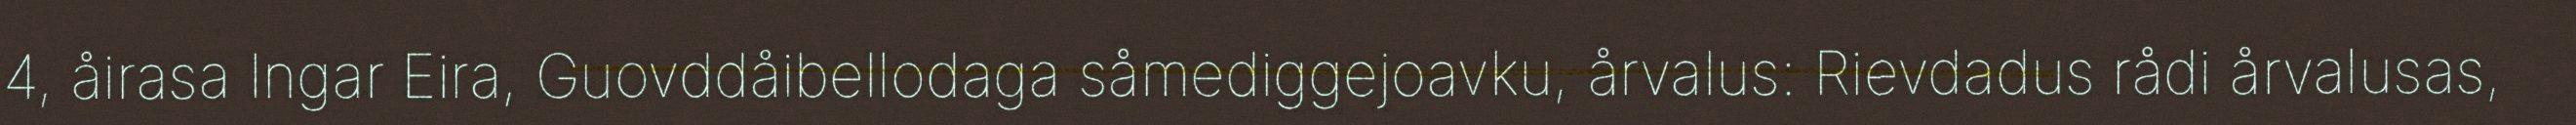
4, åirasa Ingar Eira, Guovddåibellodaga såmediggejoavku, årvalus: Rievdadus rådi årvalusas,